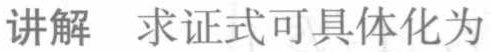
讲解 求证式可具体化为